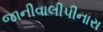
જાનીવાલીપીનારા